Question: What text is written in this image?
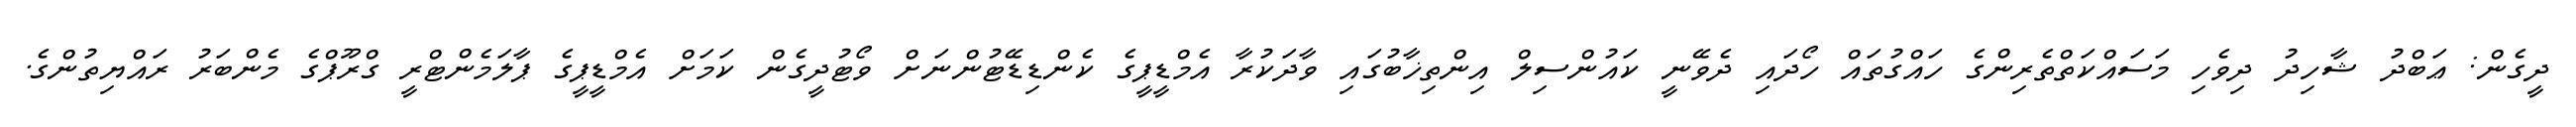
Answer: ދީގެން: ޢަބްދު ޝާހިދު ދިވެހި މަސައްކަތްތެރިންގެ ހައްގުތައް ހޯދައި ދެވޭނީ ކައުންސިލް އިންތިޚާބުގައި ވާދަކުރާ އެމްޑީޕީގެ ކެންޑިޑޭޓުންނަށް ވޯޓުދީގެން ކަމަށް އެމްޑީޕީގެ ޕާލަމެންޓްރީ ގްރޫޕްގެ މެންބަރު ރައްޔިތުންގެ.